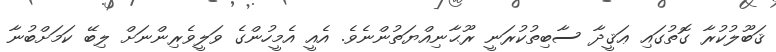
ޤަބޫލުކުރާ ގޮތުގައި ޢަޤީދާ ސާބިތުކުރަނީ ރޫޙާނިއްޔަތުންނެވެ. އެއީ އެމީހުންގެ ވަލީވެރިންނަށް ލިބޭ ކަމަށްބުނާ